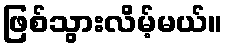
ဖြစ်သွားလိမ့်မယ်။